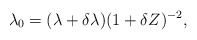
\begin{align*}\lambda_{0}= (\lambda+\delta\lambda)(1+\delta Z)^{-2},\end{align*}